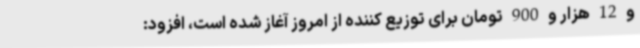
و 12 هزار و 900 تومان برای توزیع کننده از امروز آغاز شده است، افزود: